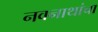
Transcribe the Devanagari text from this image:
नवनाथांचा